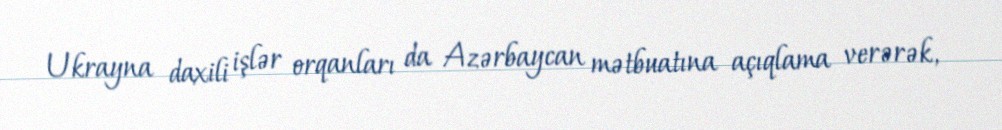
Ukrayna daxili işlər orqanları da Azərbaycan mətbuatına açıqlama verərək,